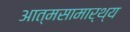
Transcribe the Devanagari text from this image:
आत्मसामार्थ्य